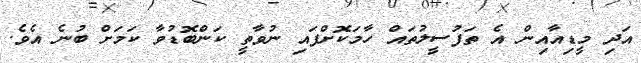
އަދި މީޑިއާއިން އެ ތަފުސީލުތައް ހާމަކޮށްފައި ނުވާތީ ކަންބޮޑުވާ ކަމަށް ބުނެ އެވެ.